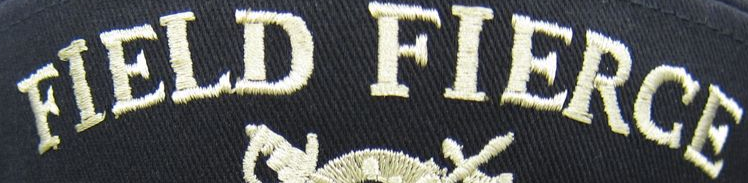
FIELD FIERCE